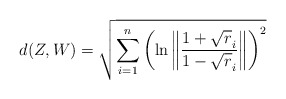
\begin{align*} d(Z,W)=\sqrt{\sum_{i=1}^n\left(\ln\left\|\frac{1+\sqrt r_i}{1-\sqrt r_i}\right\|\right)^2}\end{align*}